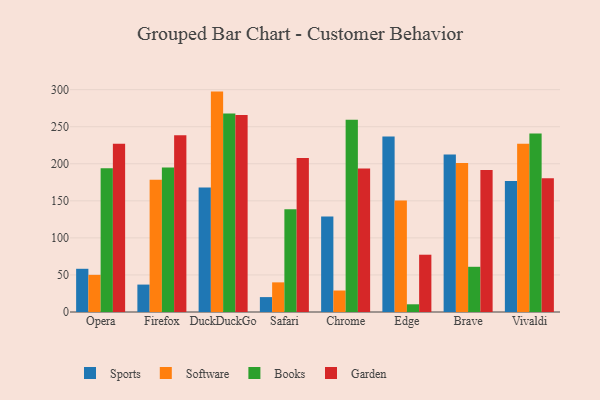
{"axis": {"x": "Browser", "y": "Churn Rate (%)"}, "legend": ["Books", "Garden", "Software", "Sports"], "data": [{"x": "Opera", "y": 58.3, "type": "Sports"}, {"x": "Opera", "y": 50.1, "type": "Software"}, {"x": "Opera", "y": 193.9, "type": "Books"}, {"x": "Opera", "y": 227.0, "type": "Garden"}, {"x": "Firefox", "y": 37.0, "type": "Sports"}, {"x": "Firefox", "y": 178.3, "type": "Software"}, {"x": "Firefox", "y": 194.9, "type": "Books"}, {"x": "Firefox", "y": 238.6, "type": "Garden"}, {"x": "DuckDuckGo", "y": 168.0, "type": "Sports"}, {"x": "DuckDuckGo", "y": 297.4, "type": "Software"}, {"x": "DuckDuckGo", "y": 267.9, "type": "Books"}, {"x": "DuckDuckGo", "y": 265.7, "type": "Garden"}, {"x": "Safari", "y": 20.1, "type": "Sports"}, {"x": "Safari", "y": 40.0, "type": "Software"}, {"x": "Safari", "y": 138.8, "type": "Books"}, {"x": "Safari", "y": 207.8, "type": "Garden"}, {"x": "Chrome", "y": 128.7, "type": "Sports"}, {"x": "Chrome", "y": 29.0, "type": "Software"}, {"x": "Chrome", "y": 259.4, "type": "Books"}, {"x": "Chrome", "y": 193.5, "type": "Garden"}, {"x": "Edge", "y": 236.8, "type": "Sports"}, {"x": "Edge", "y": 150.3, "type": "Software"}, {"x": "Edge", "y": 10.4, "type": "Books"}, {"x": "Edge", "y": 77.3, "type": "Garden"}, {"x": "Brave", "y": 212.6, "type": "Sports"}, {"x": "Brave", "y": 201.2, "type": "Software"}, {"x": "Brave", "y": 61.0, "type": "Books"}, {"x": "Brave", "y": 191.5, "type": "Garden"}, {"x": "Vivaldi", "y": 176.7, "type": "Sports"}, {"x": "Vivaldi", "y": 227.1, "type": "Software"}, {"x": "Vivaldi", "y": 240.7, "type": "Books"}, {"x": "Vivaldi", "y": 180.4, "type": "Garden"}]}